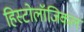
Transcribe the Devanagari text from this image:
हिस्टोलॉजिकल